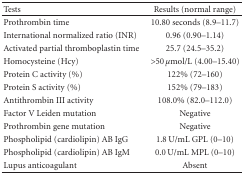
<table><thead><tr><td><b>Tests</b></td><td><b>Results (normal range)</b></td></tr></thead><tbody><tr><td>Prothrombin time</td><td>10.80 seconds (8.9–11.7)</td></tr><tr><td>International normalized ratio (INR)</td><td>0.96 (0.90–1.14)</td></tr><tr><td>Activated partial thromboplastin time</td><td>25.7 (24.5–35.2)</td></tr><tr><td>Homocysteine (Hcy)</td><td>&gt;50 <i>μ</i>mol/L (4.00–15.40)</td></tr><tr><td>Protein C activity (%)</td><td>122% (72–160)</td></tr><tr><td>Protein S activity (%)</td><td>152% (79–183)</td></tr><tr><td>Antithrombin III activity</td><td>108.0% (82.0–112.0)</td></tr><tr><td>Factor V Leiden mutation</td><td>Negative</td></tr><tr><td>Prothrombin gene mutation</td><td>Negative</td></tr><tr><td>Phospholipid (cardiolipin) AB IgG</td><td>1.8 U/mL GPL (0–10)</td></tr><tr><td>Phospholipid (cardiolipin) AB IgM</td><td>0.0 U/mL MPL (0–10)</td></tr><tr><td>Lupus anticoagulant</td><td>Absent</td></tr></tbody></table>